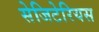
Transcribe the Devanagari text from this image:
सेजिटेरियस